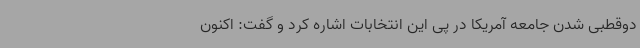
دوقطبی شدن جامعه آمریکا در پی این انتخابات اشاره کرد و گفت: اکنون